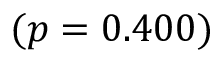
( p = 0 . 4 0 0 )